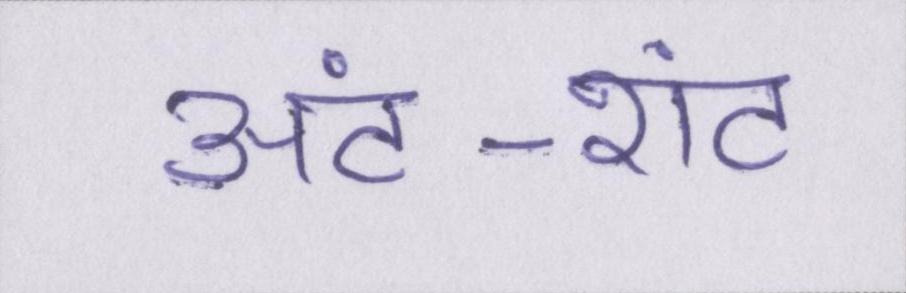
अंट-शंट